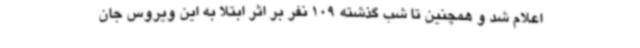
اعلام شد و همچنین تا شب گذشته 109 نفر بر اثر ابتلا به این ویروس جان